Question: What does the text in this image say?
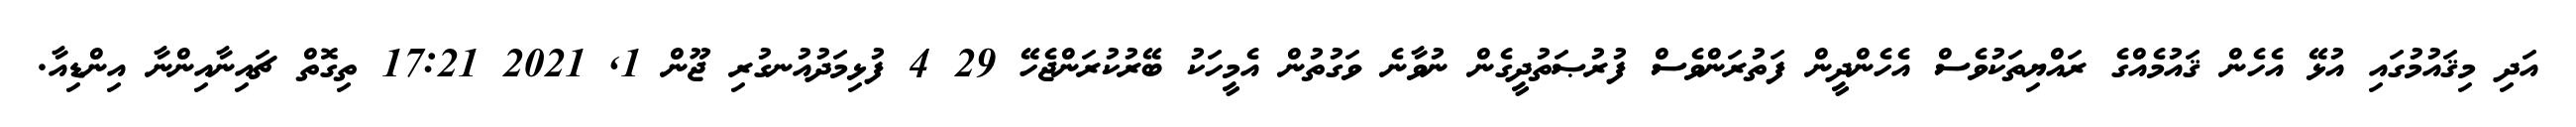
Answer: އަދި މިޤައުމުގައި އުޅޭ އެހެން ޤައުމެއްގެ ރައްޔިތަކުވެސް އެހެންދީން ފަތުރަންވެސް ފުރުޞަތުދީގެން ނުވާނެ ވަގުތުން އެމީހަކު ބޭރުކުރަންޖެހޭ 29 4 ފުޅިމަދުއުނގުރި ޖޫން 1, 2021 17:21 ތިގޮތް ޗައިނާއިންނާ އިންޑިއާ.